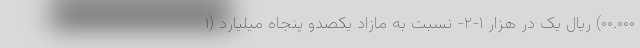
۰۰.۰۰۰) ریال یک در هزار ۱-۲- نسبت به مازاد یکصدو پنجاه میلیارد (۱